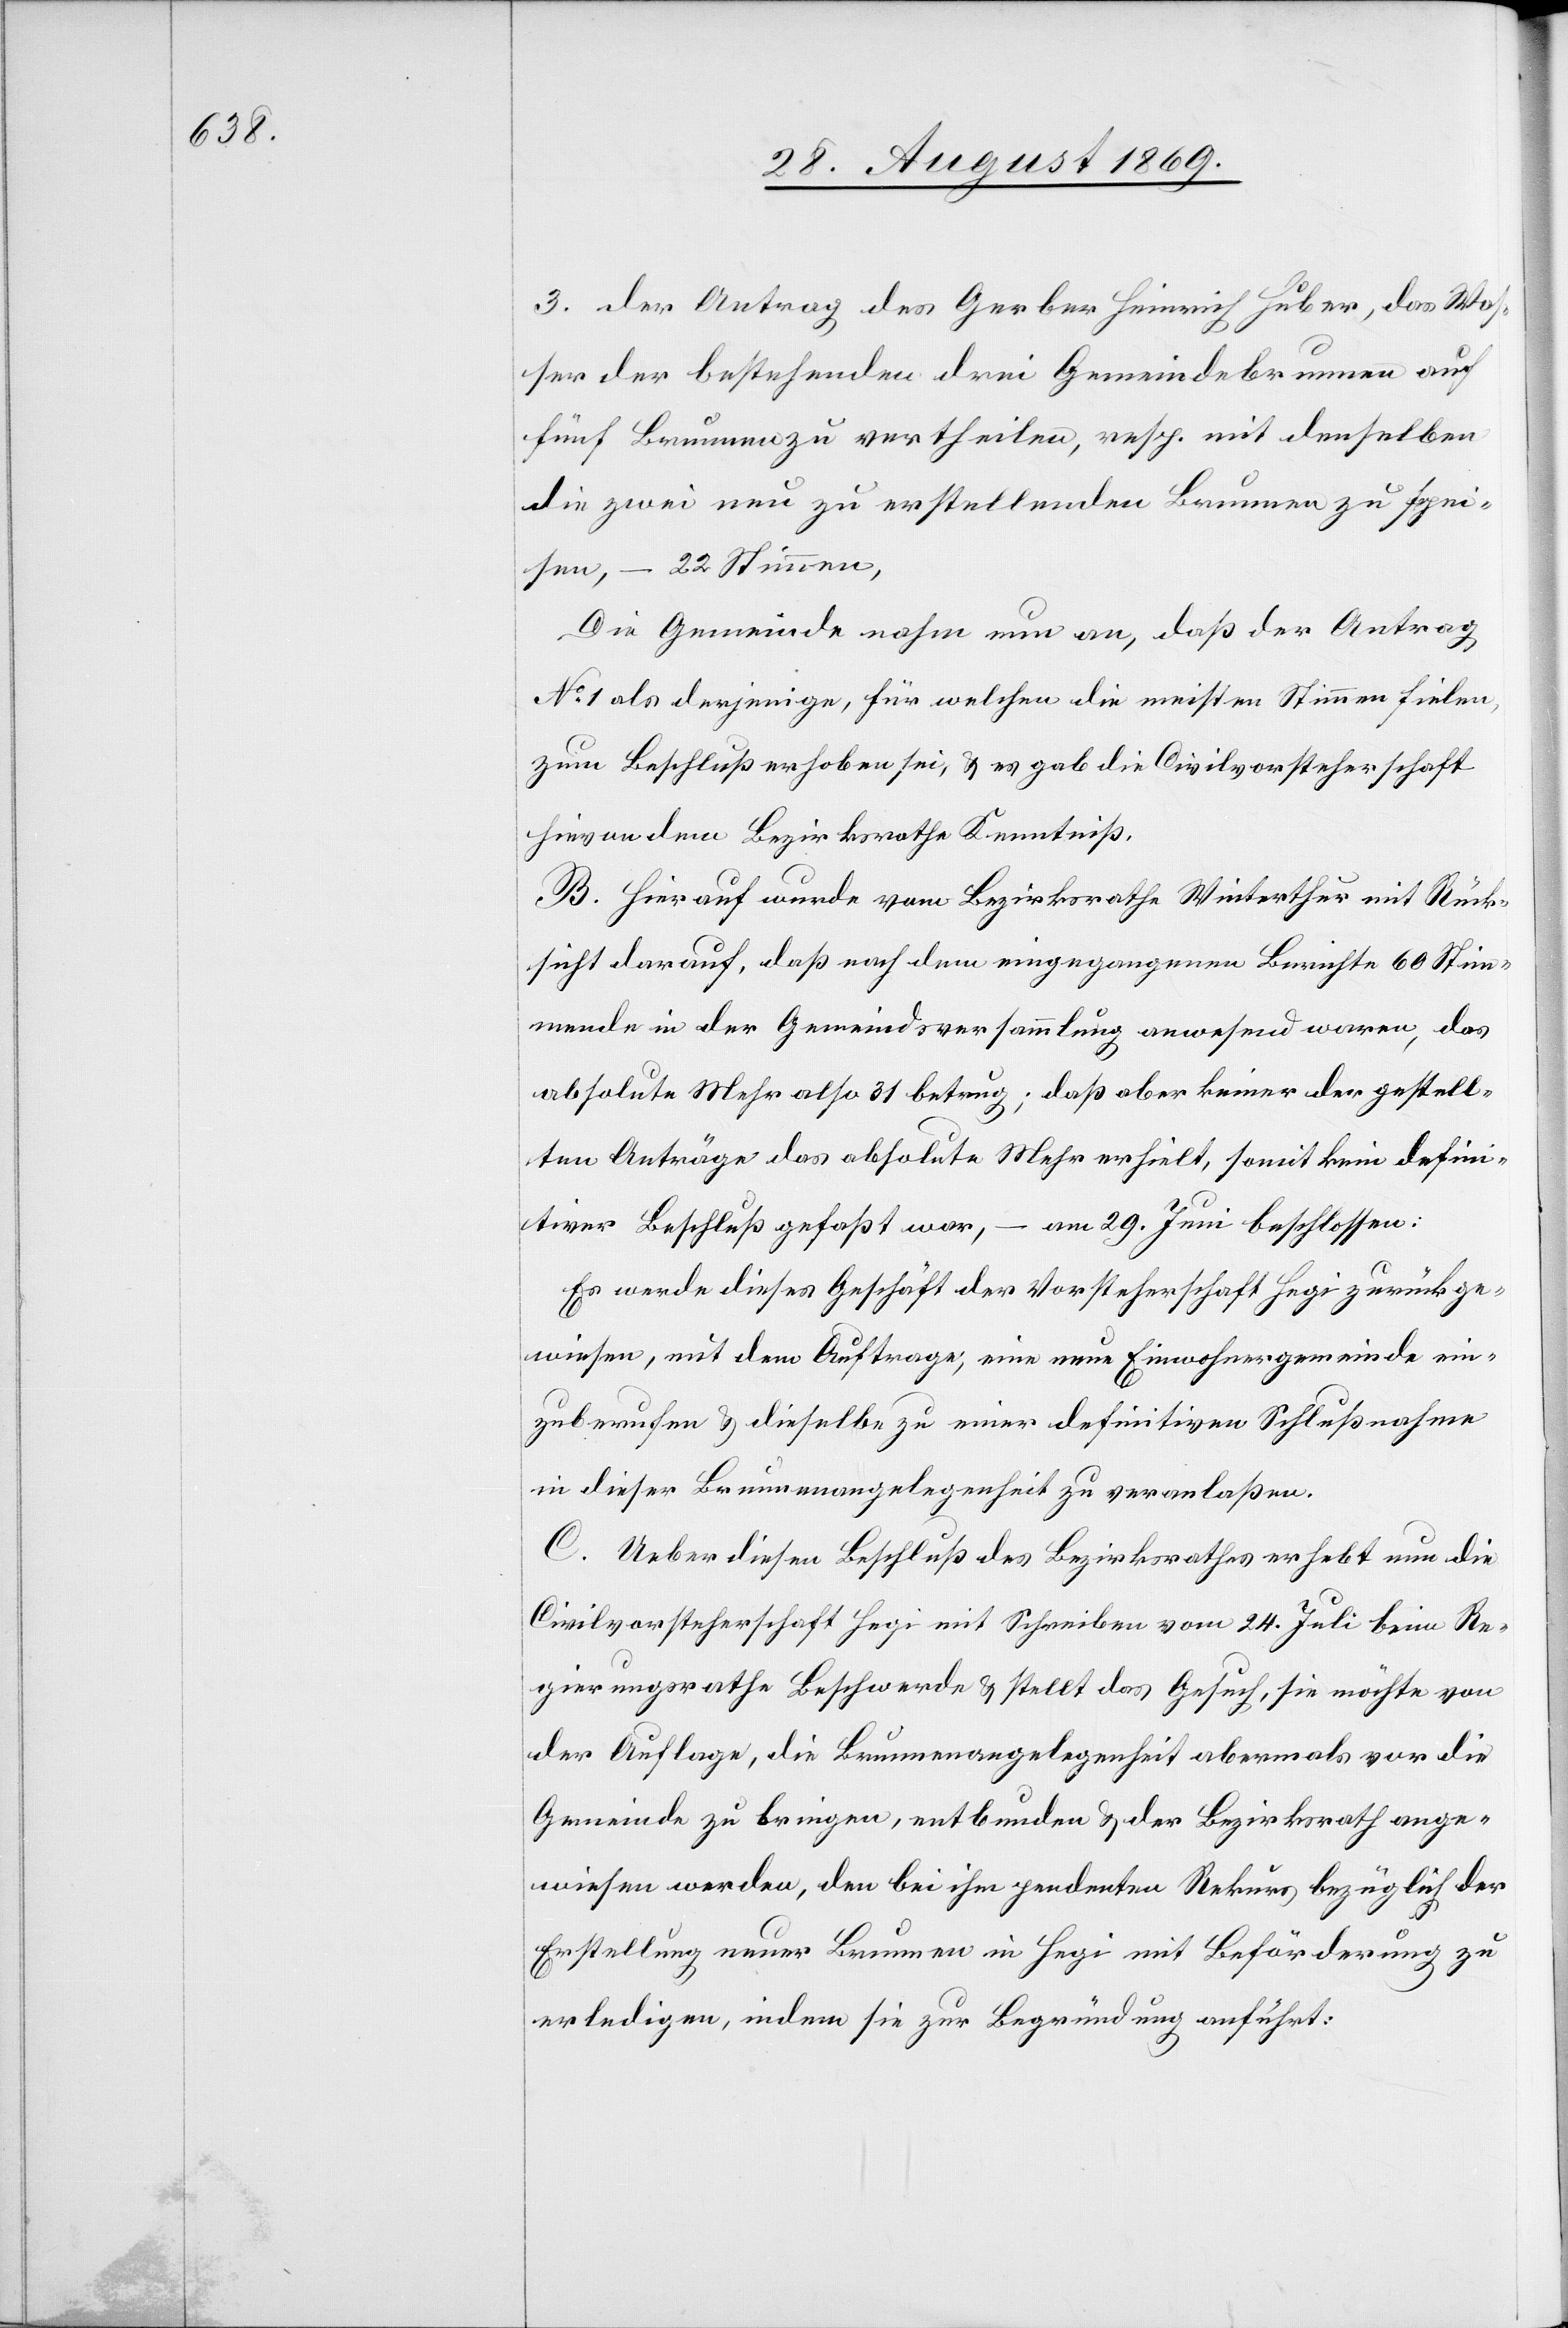
3. der Antrag des Gerber Heinrich Huber, das Was¬
ser der bestehenden drei Gemeindebrunnen auf
fünf Brunnen zu vertheilen, resp. mit denselben
die zwei neu zu erstellenden Brunnen zu spei¬
sen, – 22 Stimmen,
Die Gemeinde nahm nun an, daß der Antrag
No 1 als derjenige, für welchen die meisten Stimmen fielen,
zum Beschluß erhoben sei, & es gab die Civilvorsteherschaft
hievon dem Bezirksrathe Kenntniß.
B. Hierauf wurde vom Bezirksrathe Winterthur mit Rück¬
sicht darauf, daß nach dem eingegangenen Berichte 60 Stim¬
mende in der Gemeindsversammlung anwesend waren, das
absolute Mehr also 31 betrug; daß aber keiner der gestell¬
ten Anträge das absolute Mehr erhielt, somit kein defini¬
tiver Beschluß gefaßt war, – am 29. Juni beschlossen:
Es werde dieses Geschäft der Vorsteherschaft Hegi zurückge¬
wiesen, mit dem Auftrage, eine neue Einwohnergemeinde ein¬
zuberufen & dieselbe zu einer definitiven Schlußnahme
in dieser Brunnenangelegenheit zu veranlaßen.
C. Ueber diesen Beschluß des Bezirksrathes erhebt nun die
Civilvorsteherschaft Hegi mit Schreiben vom 24. Juli beim Re¬
gierungsrathe Beschwerde & stellt das Gesuch, sie möchte von
der Auflage, die Brunnenangelegenheit abermals vor die
Gemeinde zu bringen, entbunden & der Bezirksrath ange¬
wiesen werden, den bei ihm pendenten Rekurs bezüglich der
Erstellung neuer Brunnen in Hegi mit Beförderung zu
erledigen, indem sie zur Begründung anführt: